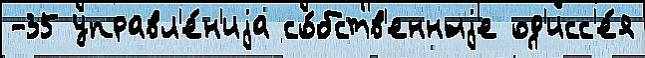
-35 управл'е́н'иjа со́бств'енныjе од'исс'е́я